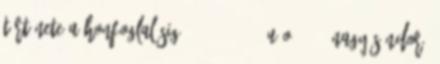
története a honfoglalásig, 119-120. 7 U.o. 103. Nagy Sándor: